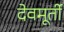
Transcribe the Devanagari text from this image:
देवमूर्ती